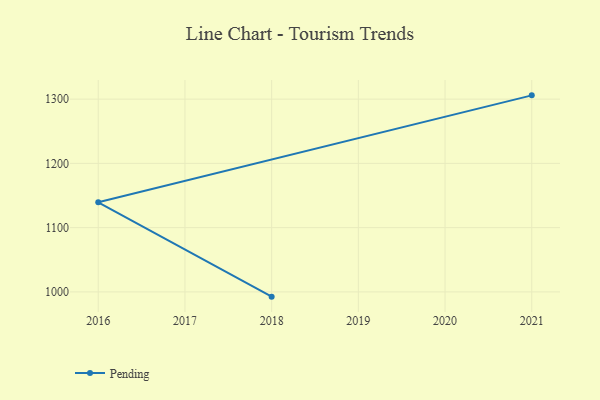
{"axis": {"x": "Year", "y": "Energy Usage (MWh)"}, "legend": ["Pending"], "data": [{"x": "2018", "y": 992.6, "type": "Pending"}, {"x": "2016", "y": 1139.4, "type": "Pending"}, {"x": "2021", "y": 1305.9, "type": "Pending"}]}